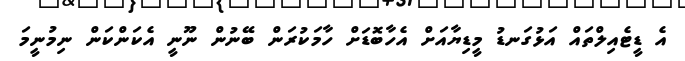
އެ ޑީޓެއިލްތައް އަޅުގަނޑު މީޑިޔާއަށް އެހާބޮޑަށް ހާމަކުރަން ބޭނުން ނޫނީ އެކަންކަން ނިމުނީމަ